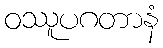
ဝဿူပဂတာနံ